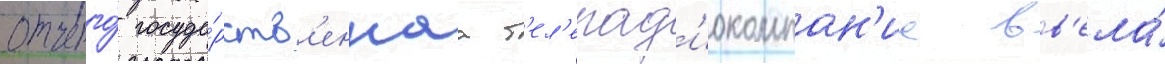
отчего́ госуда́рств'еннаа т'ел'ерад'иокомпан'иа вв'ела́